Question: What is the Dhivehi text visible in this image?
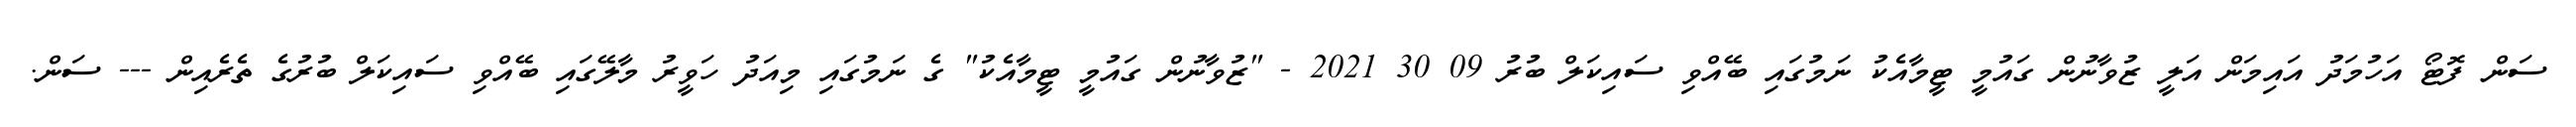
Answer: ސަން ފޮޓޯ އަހުމަދު އައިމަން އަލީ ޒުވާނުން ގައުމީ ޓީމާއެކު ނަމުގައި ބޭއްވި ސައިކަލް ބުރު 09 30 2021 - "ޒުވާނުން ގައުމީ ޓީމާއެކު" ގެ ނަމުގައި މިއަދު ހަވީރު މާލޭގައި ބޭއްވި ސައިކަލް ބުރުގެ ތެރެއިން --- ސަން.